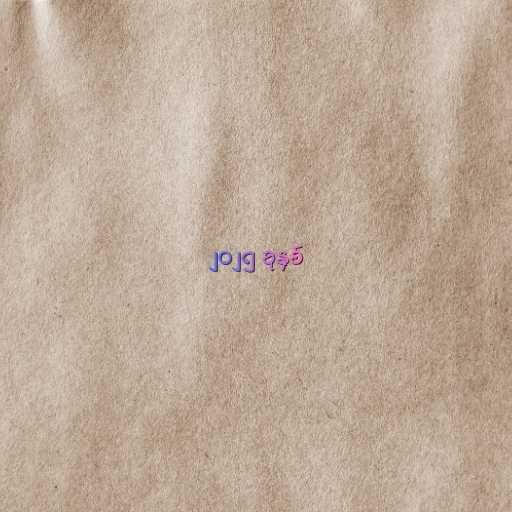
၂၀၂၅ ခုနှစ်